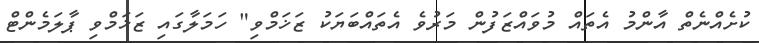
ކުށެއްނެތް އާންމު އެތައް މުވައްޒަފުން މަރުވެ އެތައްބަޔަކު ޒަޚަމްވި" ހަމަލާގައި ޒަޚަމްވި ޕާލަމެންޓް